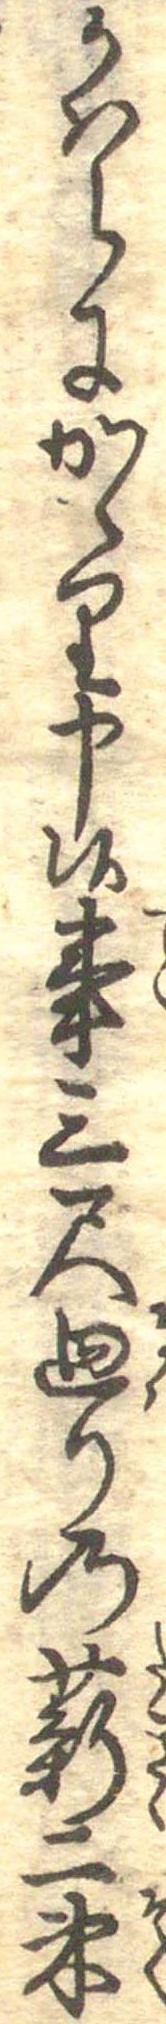
かはらにかゝり申候事三尺廻りの薪二束